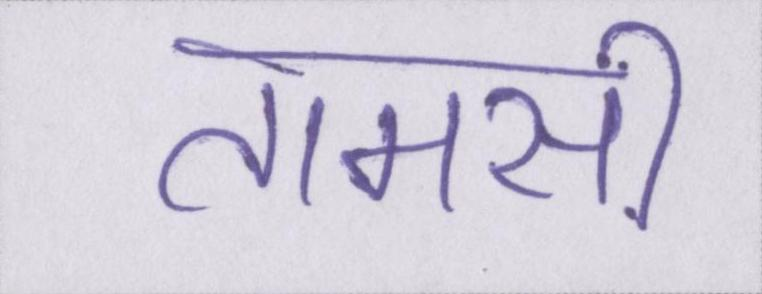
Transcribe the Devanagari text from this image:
तामसी